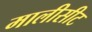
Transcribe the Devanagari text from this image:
मालीसीट